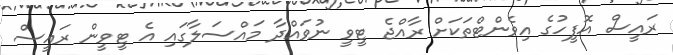
ރައީސް އޮފީހުގެ އިވެންޓްތަކަށް ރާއްޖެ ޓީވީ ނުވައްދާ މައްސަލާގައި އެ ޓީވީން ރައީސް